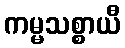
ကမ္မသစ္စာယီ